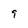
Character: 9